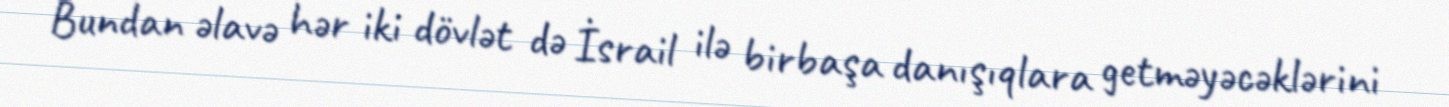
Bundan əlavə hər iki dövlət də İsrail ilə birbaşa danışıqlara getməyəcəklərini